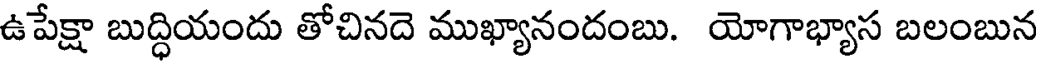
ఉపేక్షా బుద్ధియందు తోచినదె ముఖ్యానందంబు. యోగాభ్యాస బలంబున